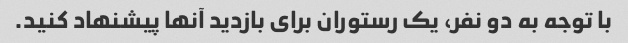
با توجه به دو نفر، یک رستوران برای بازدید آنها پیشنهاد کنید.